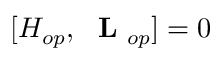
[ H _ { o p } , \mathrm { ~ \bf ~ L ~ } _ { o p } ] = 0